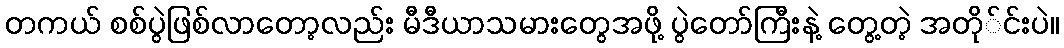
တကယ် စစ်ပွဲဖြစ်လာတော့လည်း မီဒီယာသမားတွေအဖို့ ပွဲတော်ကြီးနဲ့ တွေ့တဲ့ အတို်င်းပဲ။